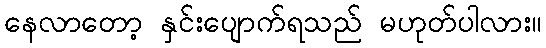
နေလာတော့ နှင်းပျောက်ရသည် မဟုတ်ပါလား။